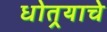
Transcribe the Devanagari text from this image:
धोतर्‍याचे